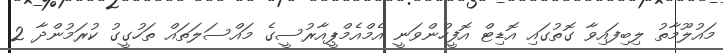
މައުލޫމާތު ލިބިފައިވާ ގޮތުގައި އޮޑިޓް އޮފީހުންވަނީ އެމްއެމްޕީއާރުސީގެ މައްސަލަތައް ތަހުގީގު ކުރަމުންދާ 2